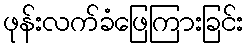
ဖုန်းလက်ခံဖြေကြားခြင်း